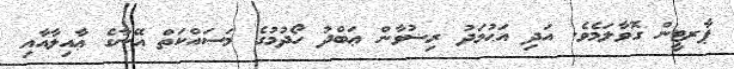
ޕާރޓީން ގޮވާލަމެވެ. އަދި އަޙުމަދު ރިޟުވާން ޢަބްދު ހޯދުމުގެ މަސައްކަތް އޭނާގެ ޢާއިލާއާއި